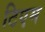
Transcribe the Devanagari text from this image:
टिएम